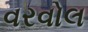
વરવોલ